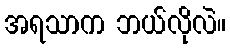
အရသာက ဘယ်လိုလဲ။